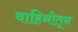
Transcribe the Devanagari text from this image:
वाहिनीतून